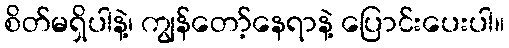
စိတ်မရှိပါနဲ့၊ ကျွန်တော့်နေရာနဲ့ ပြောင်းပေးပါ။